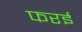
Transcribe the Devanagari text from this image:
फरई